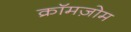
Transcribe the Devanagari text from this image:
क्रॉमज़ोम